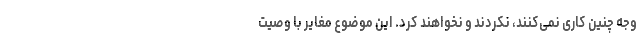
وجه چنین کاری نمی‌کنند، نکردند و نخواهند کرد. این موضوع مغایر با وصیت